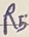
Text: R5